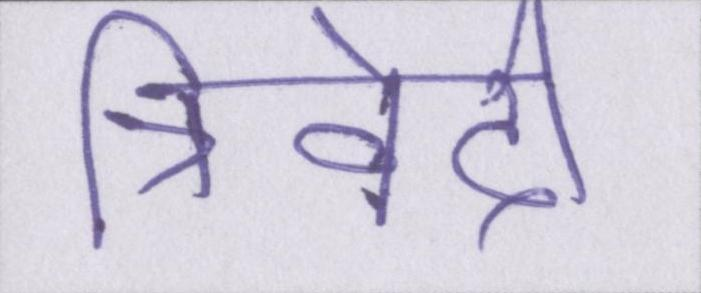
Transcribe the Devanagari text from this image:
त्रिवेदी